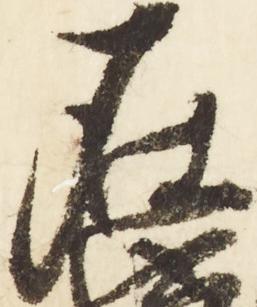
在